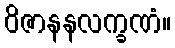
ဝိဇာနနလက္ခဏံ။